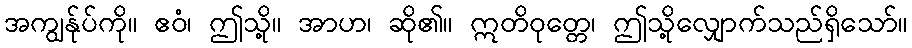
အကျွန်ုပ်ကို။ ဧဝံ၊ ဤသို့။ အာဟ၊ ဆို၏။ ဣတိဝုတ္တေ၊ ဤသို့လျှောက်သည်ရှိသော်။